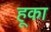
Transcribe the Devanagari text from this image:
हूका